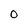
Character: O